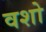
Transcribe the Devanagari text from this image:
वशो